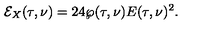
\mathcal { E } _ { X } ( \tau , \nu ) = 2 4 \wp ( \tau , \nu ) E ( \tau , \nu ) ^ { 2 } .